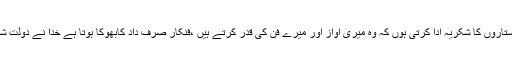
اس حوالے سے سائرہ نسیم نے کہا کہ میں اپنے امریکی پرستاروں کا شکریہ ادا کرتی ہوں کہ وہ میری آواز اور میرے فن کی قدر کرتے ہیں ،فنکار صرف داد کابھوکا ہوتا ہے خدا نے دولت شہرت سے مجھے نوازا ہے جو میر ے لئے باعث فخر ہے ۔